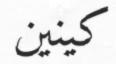
كينين